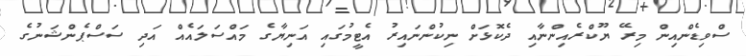
ސްވިޑެންއިން މިރޭ ޔޫކްރެއިންނާއި ދެކޮޅަށް ނިކުންނައިރު އެޓީމުގައި އަނިޔާގެ މައްސަލައެއް އަދި ސަސްޕެންޝަނުގެ